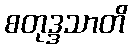
စတုဒ္ဒသာတိ